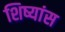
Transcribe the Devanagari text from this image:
शिष्यांस